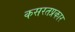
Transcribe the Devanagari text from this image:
कसरतप्रकार